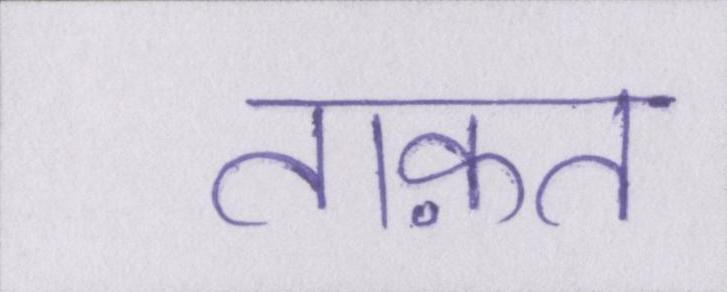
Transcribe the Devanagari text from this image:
ताक़त